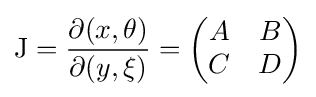
\mathrm {J} ={\frac {\partial (x,\theta )}{\partial (y,\xi )}}={\begin{pmatrix}A&B\\C&D\end{pmatrix}}